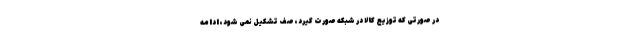
در صورتی که توزیع کالا در شبکه صورت گیرد، صف تشکیل نمی شود، ادامه